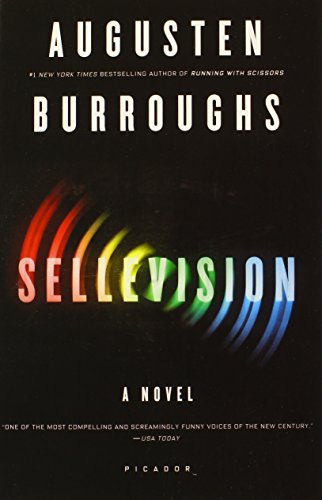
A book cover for Sellevision: A Novel; Augusten Burroughs; Literature & Fiction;